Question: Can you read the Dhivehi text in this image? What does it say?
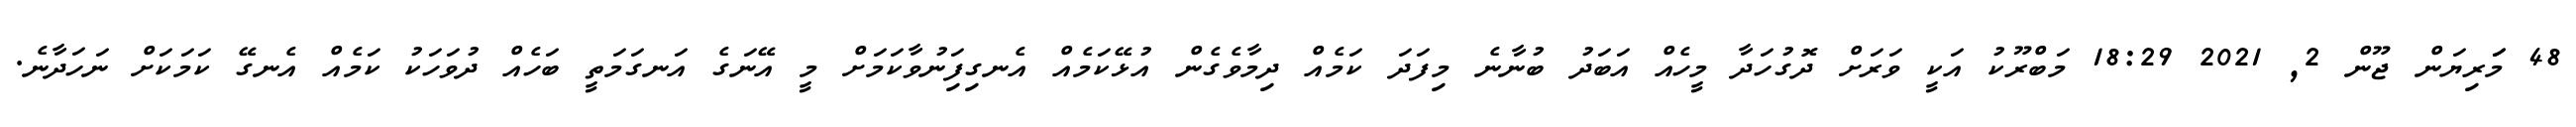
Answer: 48 މަަރިޔަން ޖޫން 2, 2021 18:29 މަބްރޫކު އަކީ ވަރަށް ދޮގުހަދާ މީހެއް އަބަދު ބުނާނެ މިފަދަ ކަމެއް ދިމާވެގެން އުޅޭކަމެއް އެނގިފަިނުވާކަމަށް މީ އޭނަގެ އަނގަމަތީ ބަހެއް ދުވަހަކު ކަމެއް އެނގޭ ކަމަކަށް ނަހަދާނެ.